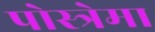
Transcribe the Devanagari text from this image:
पोस्त्रेमा